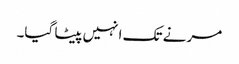
مرنے تک انہیں پیٹا گیا۔